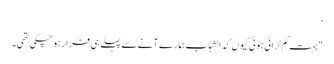
‘
" بہت کم لڑائی ہوئی کیوں کہ الشباب ہمارے آنے سے پہلے ہی فرار ہو چکی تھی۔